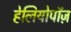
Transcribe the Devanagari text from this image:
हेलियोपॉज़